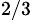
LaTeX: ^{2/3}